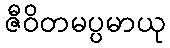
ဇီဝိတမပ္ပမာယု